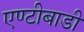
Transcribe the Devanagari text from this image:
एण्टीबाडी